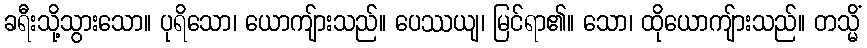
ခရီးသို့သွားသော။ ပုရိသော၊ ယောကျ်ားသည်။ ပေဿယျ၊ မြင်ရာ၏။ သော၊ ထိုယောကျ်ားသည်။ တသ္မိံ